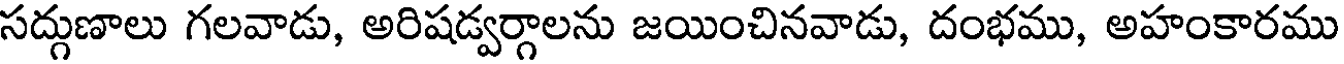
సద్గుణాలు గలవాడు, అరిషడ్వర్గాలను జయించినవాడు, దంభము, అహంకారము